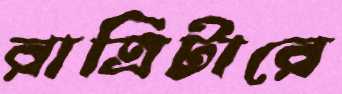
রাত্রিটারে